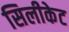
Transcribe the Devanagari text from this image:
सिलीकेट